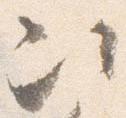
次